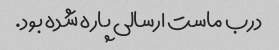
درب ماست ارسالی پاره شده بود.